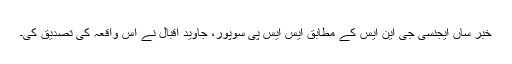
خبر ساں ایجنسی جی این ایس کے مطابق ایس ایس پی سوپور، جاوید اقبال نے اس واقعہ کی تصدیق کی۔